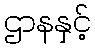
ဌာနနှင့်